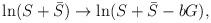
LaTeX: \begin{align*}\ln (S+\bar{S}) \rightarrow \ln (S+\bar{S}-bG) ,\end{align*}